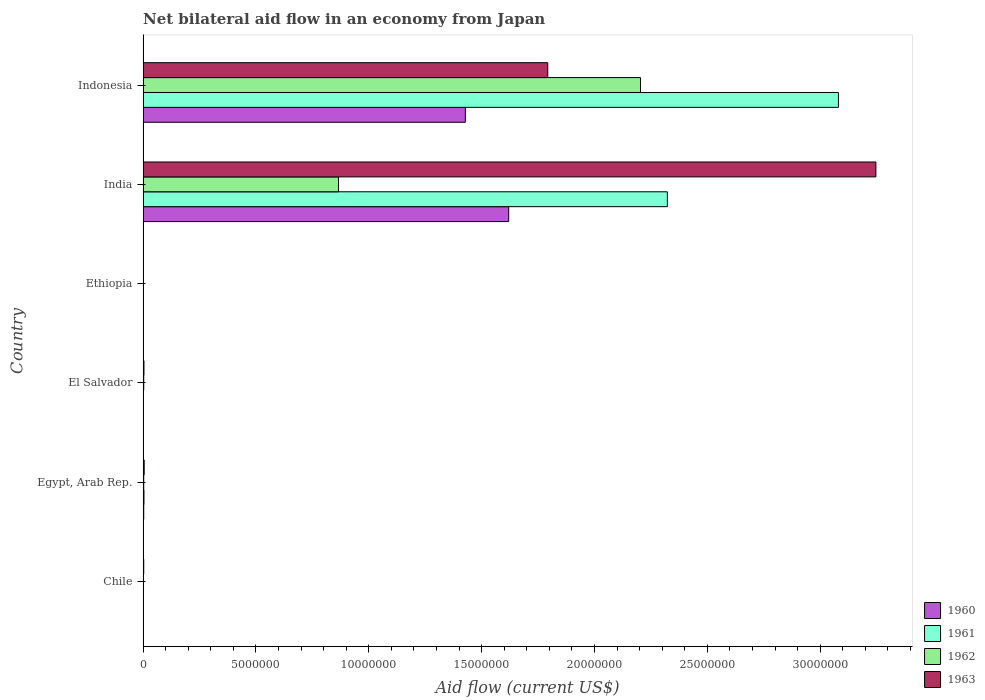
| Country | 1960 | 1961 | 1962 | 1963 |
 | --- | --- | --- | --- | --- |
 | Chile | 1e+04 | 1e+04 | 2e+04 | 3e+04 |
 | Egypt, Arab Rep. | 3e+04 | 4e+04 | 3e+04 | 5e+04 |
 | El Salvador | 1e+04 | 1e+04 | 3e+04 | 4e+04 |
 | Ethiopia | 1e+04 | 1e+04 | 1e+04 | 1e+04 |
 | India | 1.62e+07 | 2.32e+07 | 8.66e+06 | 3.25e+07 |
 | Indonesia | 1.43e+07 | 3.08e+07 | 2.2e+07 | 1.79e+07 |